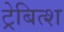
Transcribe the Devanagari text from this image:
ट्रेबित्श